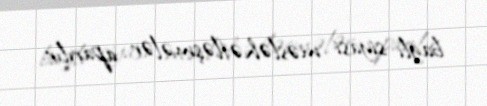
bağlı siyasi məsləhətləşmələr aparılır.